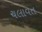
ચલાવત